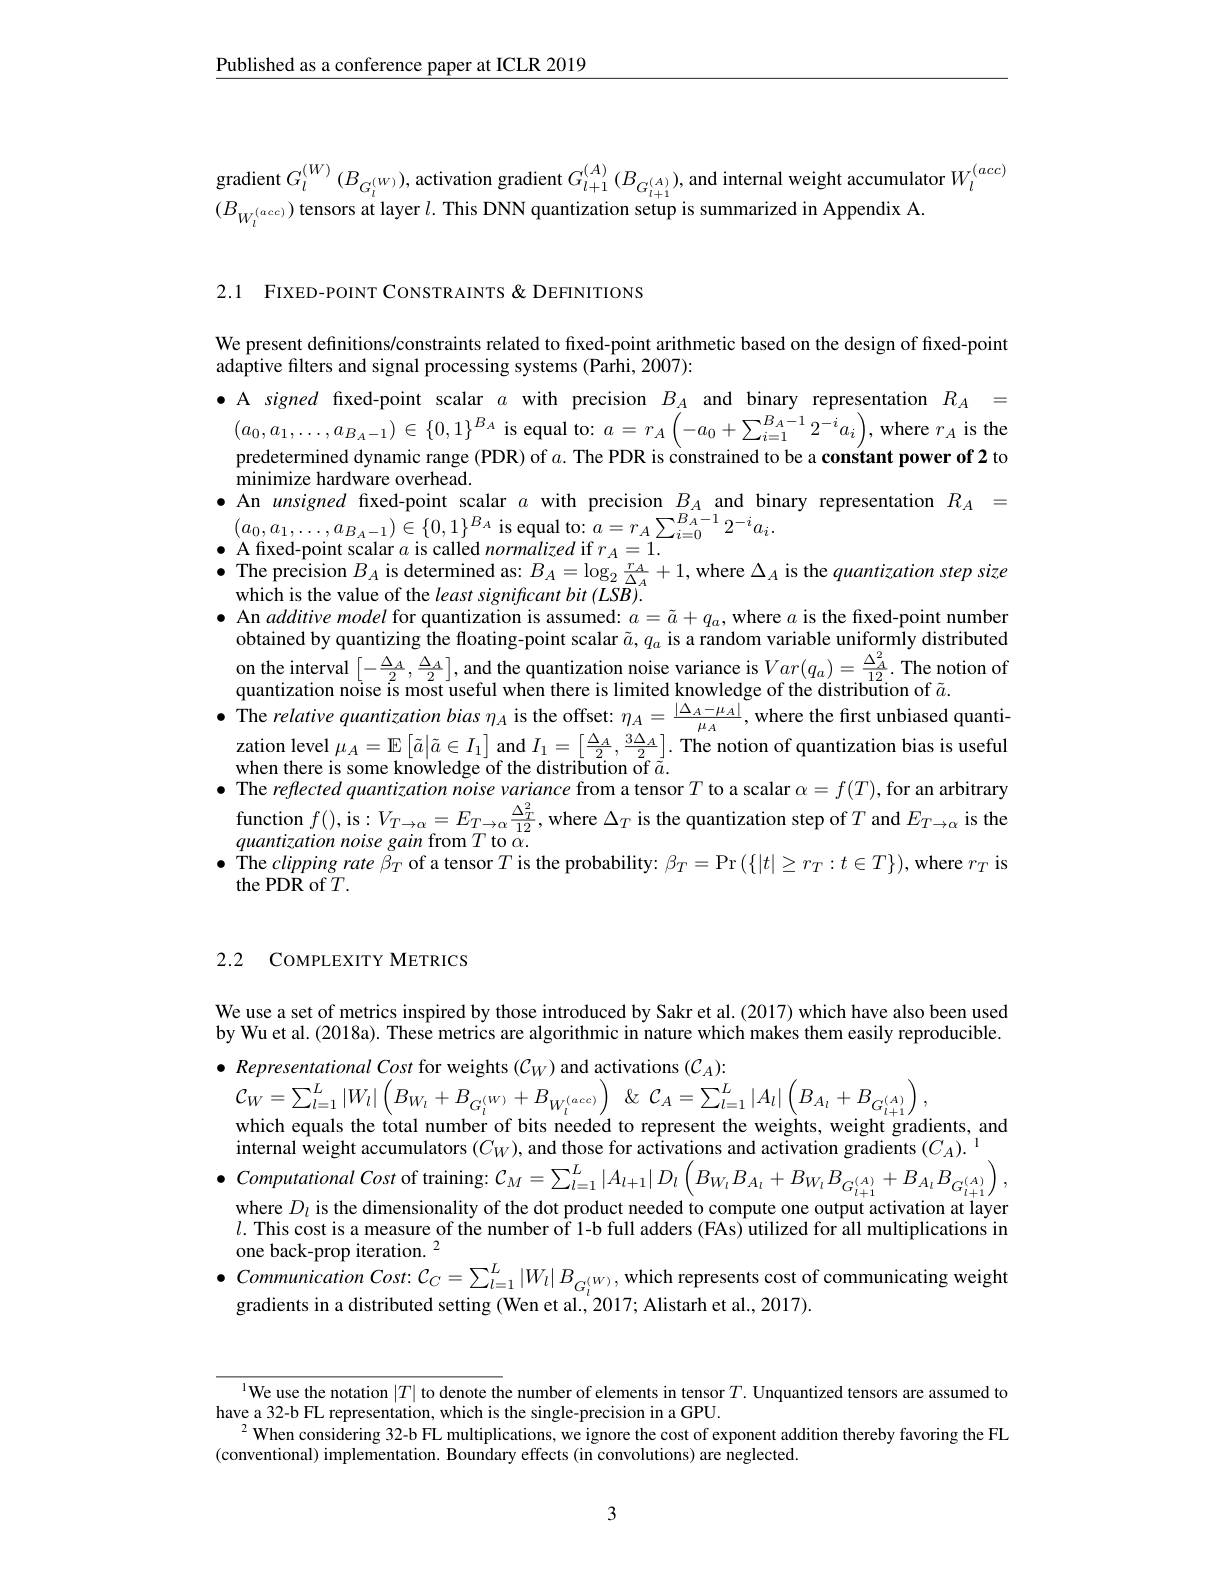
$\underline{\text{Published as a conference paper at ICLR 2019}}$

gradient $G_{l}^{( W) }\left ( B_{G_{l}^{( W) }}\right ) $,activation gradient $G_{l+ 1}^{( A) }\left ( B_{G_{l+ 1}^{( A) }}\right ) $,and internal weight accumulator $W_{l}^{( acc) }$
$B_{W_{\cdot}^{(acc)}})$ tensors at layer $l.$ This DNN quantization setup is summarized in Appendix A

2.1 FIXED-POINT CONSTRAINTS &DEFINITIONS

We present definitions/constraints related to fixed-point arithmetic based on the design of fixed-point
adaptive filters and signal processing systems (Parhi, 2007):
$\bullet$ A signed fixed-point scalar $a$ with precision $B_A$ and binary representation $R_A=$ $(a_{0},a_{1},\ldots,a_{B_{A}-1})\in\{0,1\}^{B_{A}}$ is equal to: $a=r_A\left(-a_{0}+\sum_{i=1}^{B_{A}-1}2^{-i}a_{i}\right)$, where $r_{A}$ is the predetermined dynamic range (PDR) of $a.$ The PDR is constrained to be a constant power of 2 to minimize hardware overhead.
$\bullet$ An unsigned fixed-point scalar $a$ with precision $B_A$ and binary representation $R_A=$
$( a_{0}, a_{1}, \ldots , a_{B_{A}- 1}) \in \{ 0, 1\} ^{B_{A}}$ is equal to: $a= r_{A}\sum _{i= 0}^{B_{A}- 1}2^{- i}a_{i}.$ A fived noint scalar $a$ is callad normalizad if $x_{- 1}- 1$
A fixed-point scalar $a$ is called normalized if $r_A=1.$
$\bullet$ The precision $B_A$ is determined as: $B_A=\log_2\frac{r_A}{\Delta_A}+1$, where $\Delta_A$ is the quantization step size
which is the value of the least significant bit (LSB).
$\bullet$ An additive model for quantization is assumed: $a=\tilde{a}+q_{a}$,where $a$ is the fixed-point number obtained by quantizing the floating-point scalar $\tilde{a},q_a$ is a random variable uniformly distributed $\begin{array}{l}{\mathrm{on~the~interval~}\left[-\frac{\Delta_{A}}{2},\frac{\Delta_{A}}{2}\right],\mathrm{and~the~quantization~noise~variance~is~}Var(q_{a})=\frac{\Delta_{A}^{2}}{12}.\mathrm{~The~notion~of}}\\{\mathrm{quantization~noise~is~most~useful~when~there~is~limited~knowledge~of~the~distribution~of~}\tilde{a}.}\end{array}$
$\bullet$ The relative quantization bias $\eta_A$ is the offset: $\eta_A=\frac{|\Delta_A-\mu_A|}{\mu_A}$, where the first unbiased quanti-
zation level $\mu_A=\mathbb{E}\left[\tilde{a}|\tilde{a}\in I_1\right]$ and $I_1=\left[\frac{\Delta_A}2,\frac{3\Delta_A}2\right].$ The notion of quantization bias is useful
when there is some knowledge of the distribution $\bar{\mathrm{of~}\tilde{a}}.$
The reflected quantization noise variance from a tensor $T$ to a scalar $\alpha=f(T)$, for an arbitrary function $f()$,is$:V_T\to\alpha=E_{T\to\alpha}\frac{\Delta_T^2}{12}$,where $\Delta_T$ is the quantization step of $T$ and $E_T\to\alpha$ is the
quantization noise gain from $T$ to $\alpha.$
$\bullet$ The clipping rate $\beta_T$ of a tensor $T$ is the probability: $\beta_T=$Pr $(\{|t|\geq r_T:t\in T\})$,where $r_T$ is
the PDR of $T.$

2.2 COMPLEXITY METRICS

We use a set of metrics inspired by those introduced by Sakr et al.(2017) which have also been used by Wu et al. (2018a). These metrics are algorithmic in nature which makes them easily reproducible.

$\bullet$ Representational Cost for weights $(\mathcal{C}_W)$ and activations $(\mathcal{C}_A):$
$\mathcal{C} _{W}= \sum _{l= 1}^{L}\left | W_{l}\right | \left ( B_{W_{l}}+ B_{G_{l}^{( W) }}+ B_{W_{l}^{( acc) }}\right )$ $\&$ $\mathcal{C} _{A}= \sum _{l= 1}^{L}\left | A_{l}\right | \left ( B_{A_{l}}+ B_{G_{l+ 1}^{( A) }}\right ) $,
which equals the total number of bits needed to represent the weights, weight gradients, and
internal weight accumulators $(C_W)$, and those for activations and activation gradients $(C_A).^1$
$\bullet$ Computational Cost of training: $\mathcal{C}_M=\sum_l=1^L|A_{l+1}|D_l\left(B_{W_l}B_{A_l}+B_{W_l}B_{G_{l+1}^{(A)}}+B_{A_l}B_{G_{l+1}^{(A)}}\right)$,
where $D_l$ is the dimensionality of the dot product needed to compute one output activation at layer $l.$ This cost is a measure of the number of 1-b full adders (FAs) utilized for all multiplications in one back-prop iteration. $^2$
$\bullet$ Communication Cost: $\mathcal{C}_C=\sum_l=1^{L}|W_l|B_{G_{l}^{(W)},\text{which represents cost of communicating weight}}$
gradients in a distributed setting (Wen et al., 2017; Alistarh et al., 2017).

$^{\text{l}}$We use the notation $|T|$ to denote the number of elements in tensor $T.$ Unquantized tensors are assumed to
have a 32-b FL representation, which is the single-precision in a GPU.
$^{2}$ When considering 32-b FL multiplications, we ignore the cost of exponent addition thereby favoring the FL
(conventional) implementation. Boundary effects (in convolutions) are neglected.

3